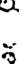
.